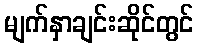
မျက်နှာချင်းဆိုင်တွင်